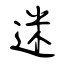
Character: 迷